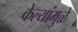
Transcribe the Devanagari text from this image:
केल्यांमुळे